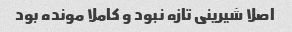
اصلا شیرینی تازه نبود و کاملا مونده بود